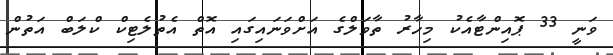
ވަނީ 33 ޕޮއިންޓާއެކު މިހާރު ތާވަލްގެ އަށްވަނައިގައި އޮތް އެތުލެޓިކް ކްލަބް އަތުން